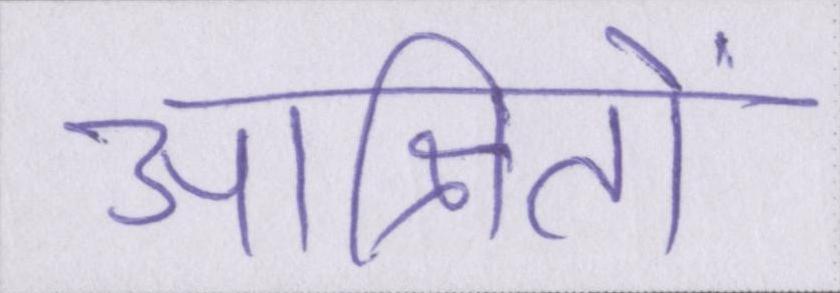
आश्रितों